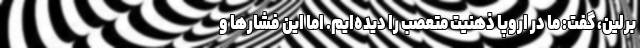
برلین، گفت: ما در اروپا ذهنیت متعصب را دیده‌ایم. اما این فشارها و